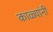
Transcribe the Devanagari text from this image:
काळ्यांनी